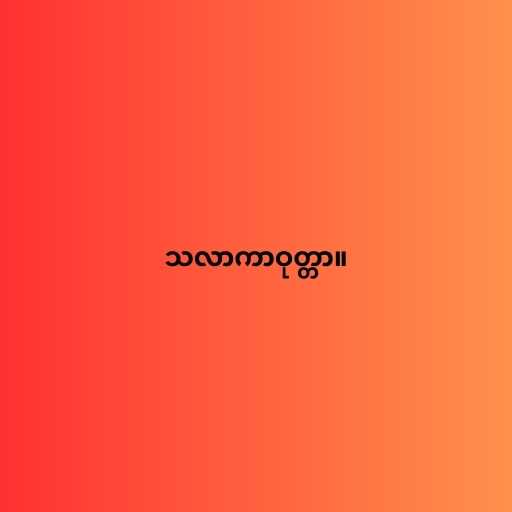
သလာကာဝုတ္တာ။